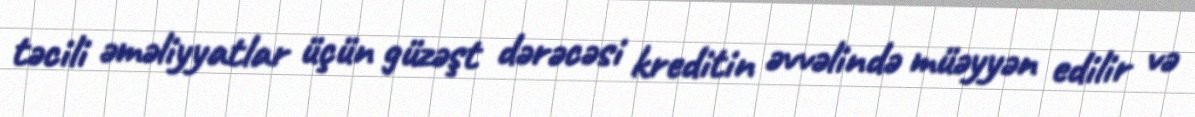
təcili əməliyyatlar üçün güzəşt dərəcəsi kreditin əvvəlində müəyyən edilir və